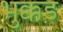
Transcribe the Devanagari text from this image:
भुक्कड़